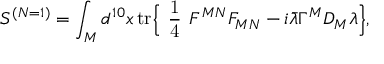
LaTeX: S ^ { ( N = 1 ) } = \int _ { M } d ^ { 1 0 } x \, \mathrm { t r } \Bigr \{ \mathrm { \large ~ \frac { 1 } { 4 } ~ } F ^ { M N } F _ { M N } - i \bar { \lambda } \Gamma ^ { M } D _ { M } \lambda \Bigr \} ,